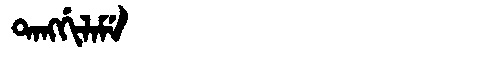
Manchu: ᡨᠠᠩᡤᡳᠯᠠᠮᡝ
Romanization: TANGGILAME